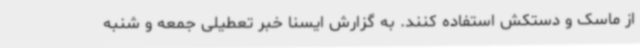
از ماسک و دستکش استفاده کنند. به گزارش ایسنا خبر تعطیلی جمعه و شنبه